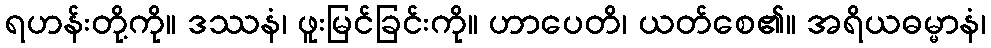
ရဟန်းတို့ကို။ ဒဿနံ၊ ဖူးမြင်ခြင်းကို။ ဟာပေတိ၊ ယတ်စေ၏။ အရိယဓမ္မာနံ၊